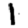
Digit: 1